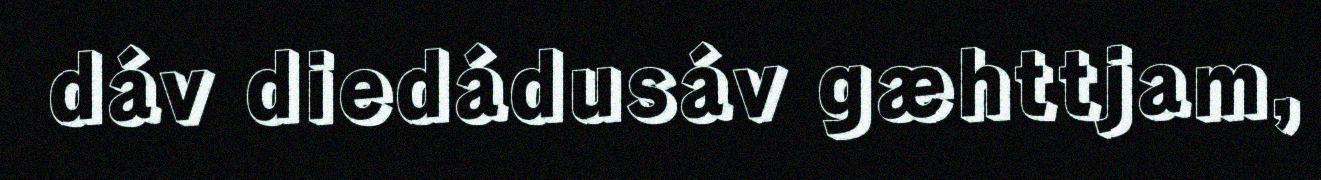
dáv diedádusáv gæhttjam,